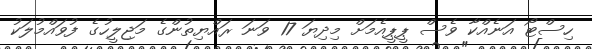
ހިސްޓޯ އަނެއްކާ ވެސް ޕީޕީއެމަށް މިދިޔަ 17 ވަނަ ރައްޔިތުންގެ މަޖިލީހުގެ ފުވައްމުލަކު